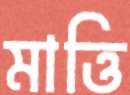
মাত্তি